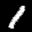
Label: 1